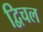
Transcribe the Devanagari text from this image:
द्विचल